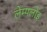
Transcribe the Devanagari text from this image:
लेम्पलोइ